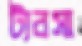
ট্যবসা